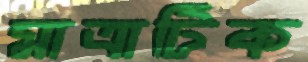
মাত্রাটিক